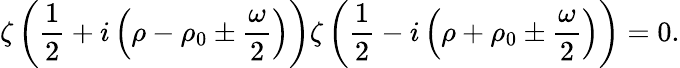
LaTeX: \zeta\left(\frac{1}{2}+i\left(\rho-\rho_{0}\pm\frac{\omega}{2}\right)\right)\zeta\left(\frac{1}{2}-i\left(\rho+\rho_{0}\pm\frac{\omega}{2}\right)\right)=0.